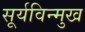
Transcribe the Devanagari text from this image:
सूर्यविन्मुख